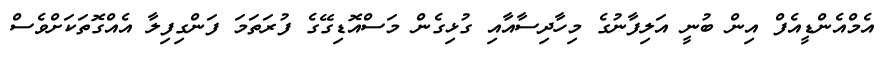
އެމްއެންޑީއެފް އިން ބުނީ އަލިފާނުގެ މިހާދިސާއާއި ގުޅިގެން މަސްއޮޑިގޭގެ ފުރަތަމަ ފަންގިފިލާ އެއްގޮތަކަށްވެސް